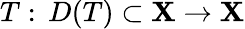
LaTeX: T:\, D(T)\subset\mathbf{X}\to\mathbf{X}